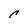
Character: c